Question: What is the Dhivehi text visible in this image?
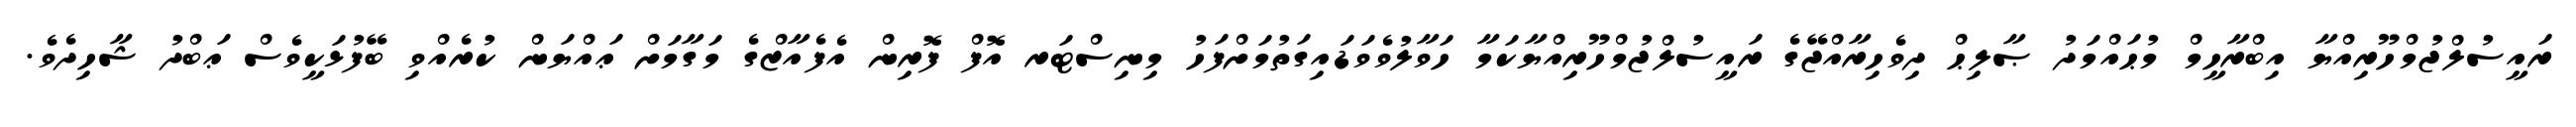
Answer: ރައީސުލްޖުމްހޫރިއްޔާ އިބްރާހީމް މުޙައްމަދު ޞާލިޙް ދިވެހިރާއްޖޭގެ ރައީސުލްޖުމްހޫރިއްޔާކަމާ ހަވާލުވެވަޑައިގަތުމަށްފަހު މިނިސްޓަރ އޮފް ފޮރިން އެފެއާޒްގެ މަގާމަށް ޢައްޔަން ކުރެއްވި ބޭފުޅަކީވެސް ޢަބްދު ޝާހިދެވެ.